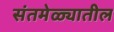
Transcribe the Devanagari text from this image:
संतमेळ्यातील